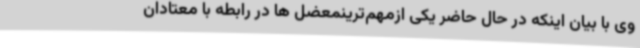
وی با بیان اینکه در حال حاضر یکی ازمهم‌ترینمعضل ها در رابطه با معتادان